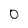
Character: 0